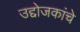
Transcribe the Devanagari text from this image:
उद्दोजकांचे